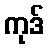
ကုဒ်